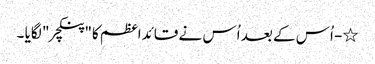
٭- اُس کے بعد اُس نے قائداعظم کا"پنکچر " لگایا ۔